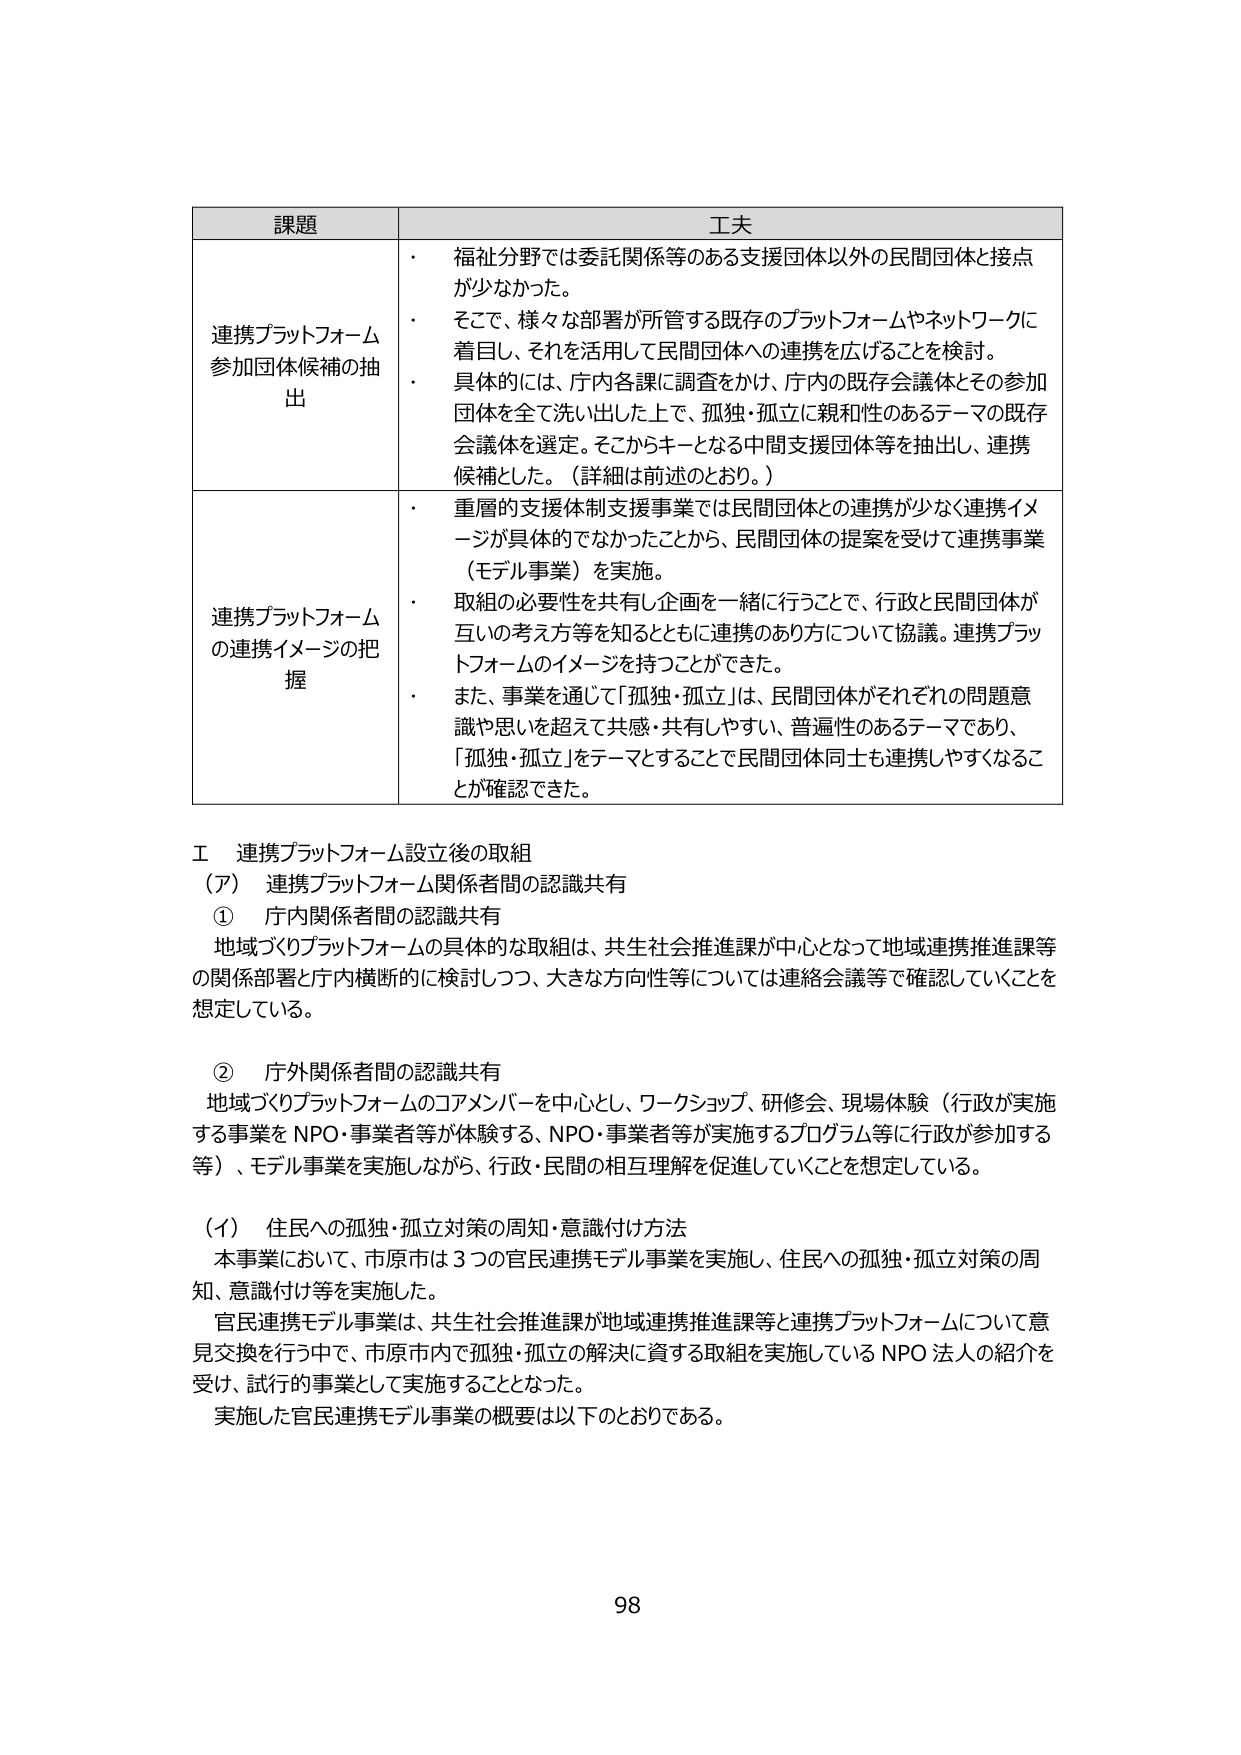
課題 工夫
連携プラットフォーム参加団体候補の抽出
・ 福祉分野では委託関係等のある支援団体以外の民間団体と接点が少なかった。
・ そこで、様々な部署が所管する既存のプラットフォームやネットワークに着目し、それを活用して民間団体への連携を広げることを検討。
・ 具体的には、庁内各課に調査をかけ、庁内の既存会議体とその参加団体を全て洗い出した上で、孤独・孤立に親和性のあるテーマの既存会議体を選定。そこからキーとなる中間支援団体等を抽出し、連携候補とした。（詳細は前述のとおり。）
連携プラットフォームの連携イメージの把握
・ 重層的支援体制支援事業では民間団体との連携が少なく連携イメージが具体的でなかったことから、民間団体の提案を受けて連携事業（モデル事業）を実施。
・ 取組の必要性を共有し企画を一緒に行うことで、行政と民間団体が互いの考え方等を知るとともに連携のあり方について協議。連携プラットフォームのイメージを持つことができた。
・ また、事業を通じて「孤独・孤立」は、民間団体がそれぞれの問題意識や思いを超えて共感・共有しやすい、普遍性のあるテーマであり、「孤独・孤立」をテーマすることで民間団体同士も連携しやすくなることが確認できた。

Ⅰ 連携プラットフォーム設立後の取組
（ア） 連携プラットフォーム関係者間の認識共有
① 庁内関係者間の認識共有
地域づくりプラットフォームの具体的な取組は、共生社会推進課が中心となって地域連携推進課等の関係部署と庁内横断的に検討しつつ、大きな方向性等については連絡会議等で確認していくことを想定している。
② 庁外関係者間の認識共有
地域づくりプラットフォームのコアメンバーを中心とし、ワークショップ、研修会、現場体験（行政が実施する事業をNPO・事業者等が体験する、NPO・事業者等が実施するプログラム等に行政が参加する等）、モデル事業を実施しながら、行政・民間の相互理解を促進していくことを想定している。
（イ） 住民への孤独・孤立対策の周知・意識付け方法
本事業において、市原市は3つの官民連携モデル事業を実施し、住民への孤独・孤立対策の周知、意識付け等を実施した。
官民連携モデル事業は、共生社会推進課が地域連携推進課等と連携プラットフォームについて意見交換を行う中で、市原市内で孤独・孤立の解決に資する取組を実施しているNPO法人の紹介を受け、試行的事業として実施することとなった。
実施した官民連携モデル事業の概要は以下のとおりである。
98